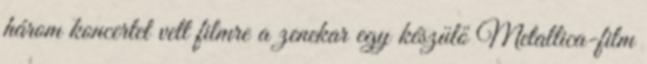
három koncertet vett filmre a zenekar egy készülő Metallica-film